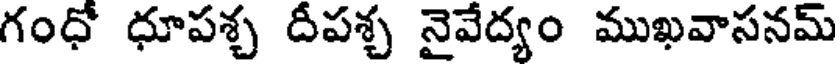
గంధో ధూపశ్చ దీపశ్చ నైవేద్యం ముఖవాసనమ్